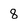
Character: 8